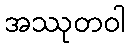
အဿုတဝါ